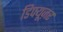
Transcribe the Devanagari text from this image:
डिफ्यूज़र